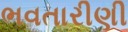
ભવતારીણી